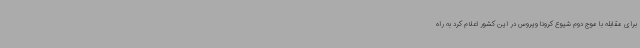
برای مقابله با موج دوم شیوع کرونا ویروس در این کشور اعلام کرد به راه